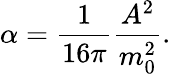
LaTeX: \alpha=\frac{1}{16\pi}\frac{A^{2}}{m_{0}^{2}}.